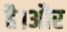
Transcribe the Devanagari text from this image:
है।अौर